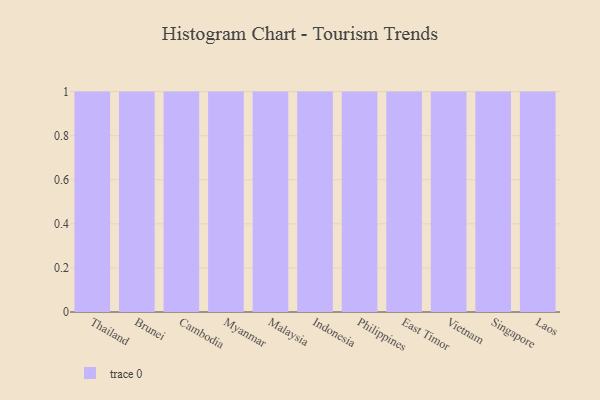
{"axis": {"x": "Country", "y": "Energy Usage (MWh)"}, "legend": [""], "data": [{"x": "Thailand", "y": 40, "type": ""}, {"x": "Brunei", "y": 47, "type": ""}, {"x": "Cambodia", "y": 2, "type": ""}, {"x": "Myanmar", "y": 46, "type": ""}, {"x": "Malaysia", "y": 30, "type": ""}, {"x": "Indonesia", "y": 23, "type": ""}, {"x": "Philippines", "y": 97, "type": ""}, {"x": "East Timor", "y": 53, "type": ""}, {"x": "Vietnam", "y": 69, "type": ""}, {"x": "Singapore", "y": 33, "type": ""}, {"x": "Laos", "y": 16, "type": ""}]}